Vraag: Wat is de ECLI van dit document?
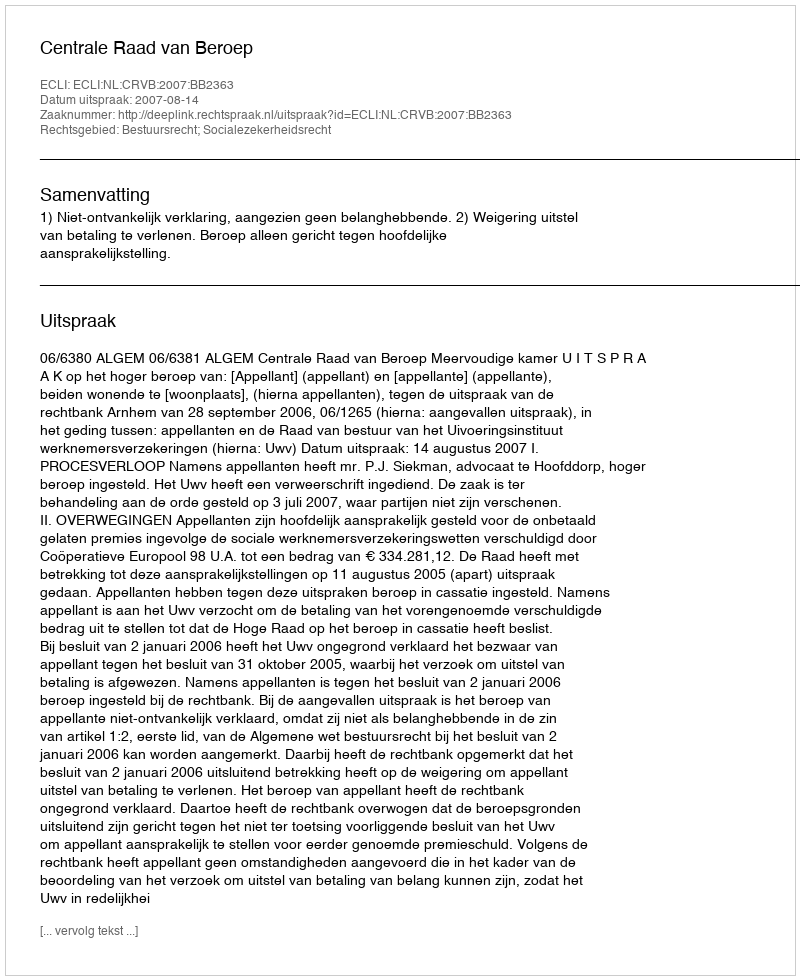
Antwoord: ECLI:NL:CRVB:2007:BB2363